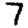
Digit: 7